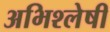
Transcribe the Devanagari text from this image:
अभिश्लेषी